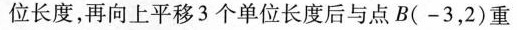
位长度，再向上平移3个单位长度后与点B(-3，2)重